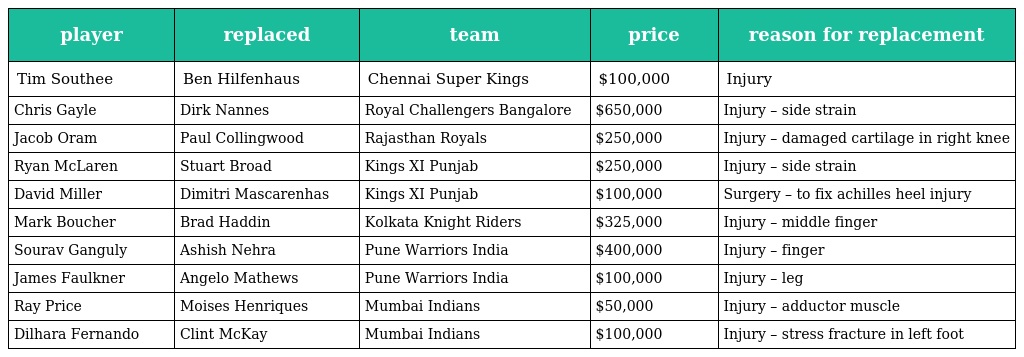
| player | replaced | team | price | reason for replacement |
 | --- | --- | --- | --- | --- |
 | Tim Southee | Ben Hilfenhaus | Chennai Super Kings | $100,000 | Injury |
 | Chris Gayle | Dirk Nannes | Royal Challengers Bangalore | $650,000 | Injury – side strain |
 | Jacob Oram | Paul Collingwood | Rajasthan Royals | $250,000 | Injury – damaged cartilage in right knee |
 | Ryan McLaren | Stuart Broad | Kings XI Punjab | $250,000 | Injury – side strain |
 | David Miller | Dimitri Mascarenhas | Kings XI Punjab | $100,000 | Surgery – to fix achilles heel injury |
 | Mark Boucher | Brad Haddin | Kolkata Knight Riders | $325,000 | Injury – middle finger |
 | Sourav Ganguly | Ashish Nehra | Pune Warriors India | $400,000 | Injury – finger |
 | James Faulkner | Angelo Mathews | Pune Warriors India | $100,000 | Injury – leg |
 | Ray Price | Moises Henriques | Mumbai Indians | $50,000 | Injury – adductor muscle |
 | Dilhara Fernando | Clint McKay | Mumbai Indians | $100,000 | Injury – stress fracture in left foot |